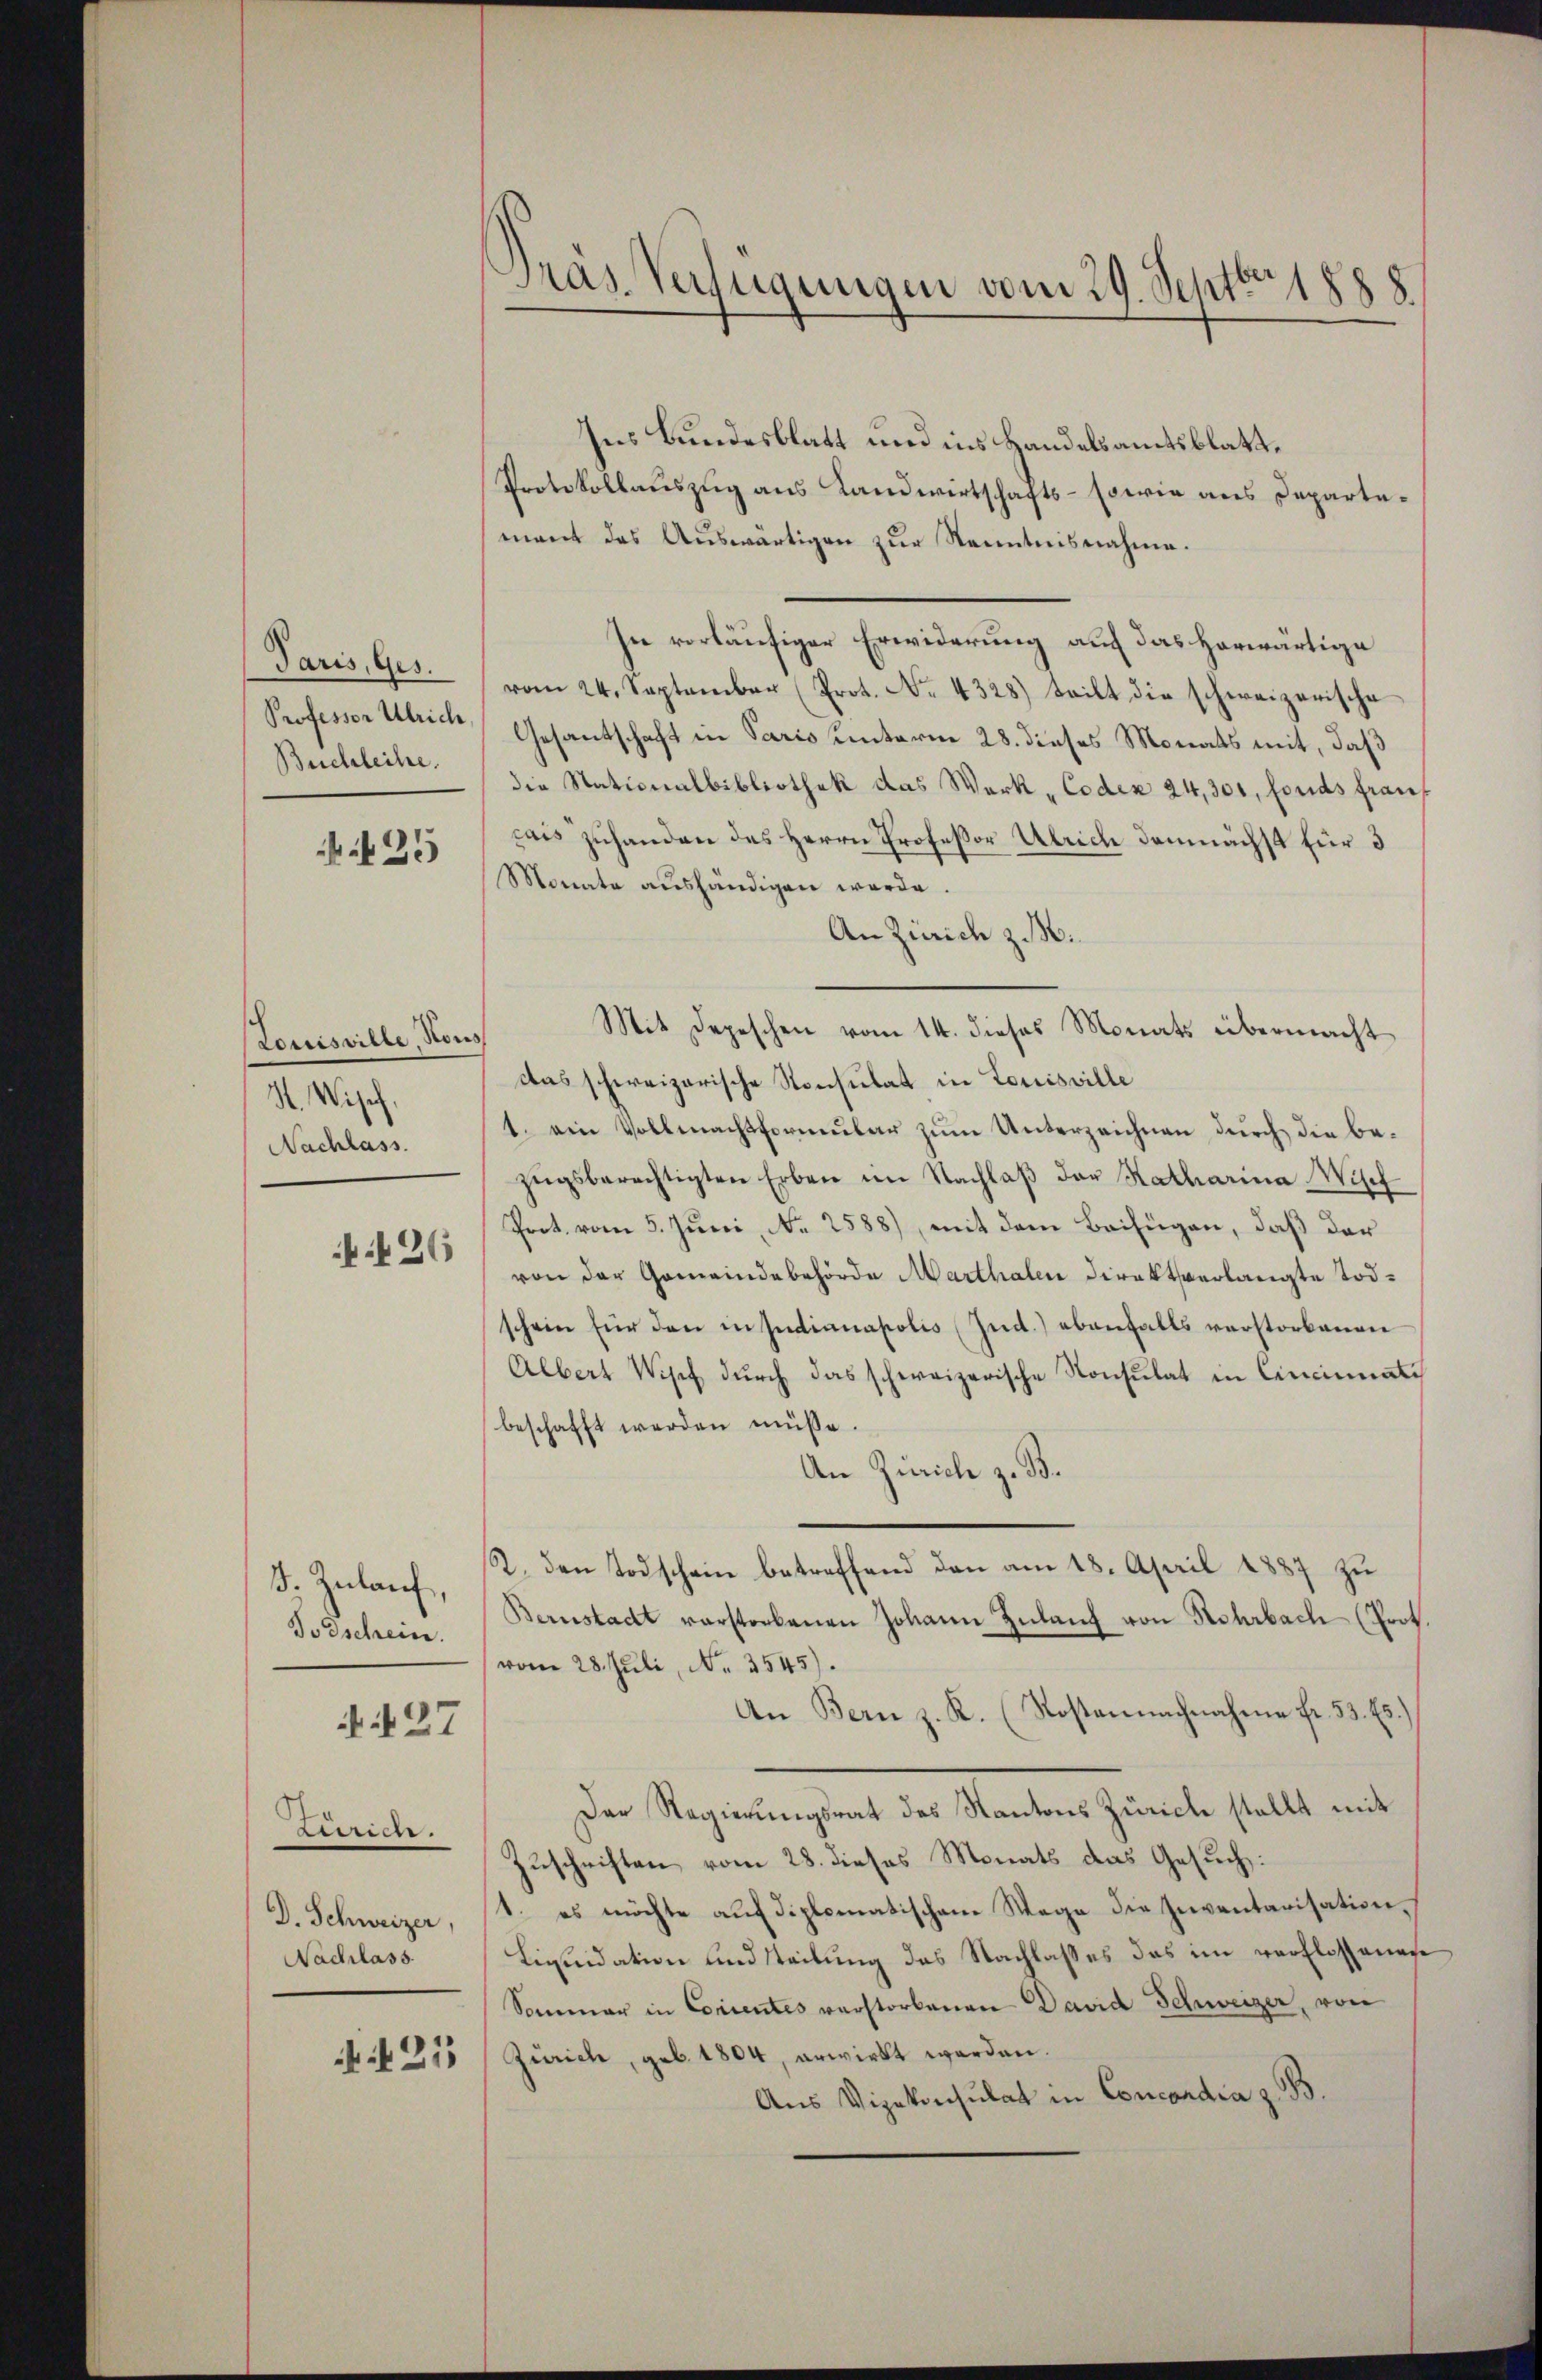
Paris, Ges.
Professor Ulrich
Buchleihe.

35

Louisville Kons
S. Wisef,
Nachlass

26

ß. Zulauf,
Todschein.

N. 27

Zürich.
D. Schweizer,
Nachlass

A 23

Gras. Verfügungen vom 29. Septbr. 1888

Ins Bundesblatt und ins Handelsamtsblatt.
Protokollauszug aus Landwirtschafts- sowie aus Departement das Auswärtigen zur Kenntnisnahme.
In vorläufiger Erwiderung auf das Horwärtige
vom 24. September (Prot. No. 4328) teilt die schweizerische
Gesantschaft in Paris unterm 28. dieses Monats mit, daß
die Nationalbibliothek das Werk - Codex 24,300, fonds frauf
cais zuhanden des Herrn Professor Ulrich demnächst für 3
Monate aushändigen werde.
An Zürich z. M.
Mit Depeschen vom 14. dieses Monats übermacht
das schweizerische Konsulat in Louisville
1. ein Vollmachsformŭlar zŭm Unterzeichnen dŭrch die be-
zŭgsberechtigten Erben im Nachlaβ der Katharina Wisch
Prot. vom 5. Juni, No 2588), mit dem Beifügen, daß der
von der Gemeindebehörde Marthalen direkt verlangte Todschein für den in Indianapolis (Ind.) ebenfalls verstorbenen
Albert Wipf durch das schweizerische Konsulat in Cincinati
beschafft werden müsse.
An Zürich z. B.
R. den Todschein betreffend den am 18. April 1887 zu
Bernstadt verstorbenen Johann Zulang von Rohrbach (Prot.
(vom 28. Juli, No. 3545).
An Bern z. K. (Kostennachnahme fr. 53. Es.)
Der Regierungsrat des Kantons Zürich stellt mit
Zuschriften vom 28. dieses Monats das Gesuch:
1. es möchte auf diplomatischem Wege die Inventarisation,
Liquidation und steilung das Nachlasses das im verflossenese
Sommer in Concentes verstorbenen David Schweizer, von
Zürich, geb. 1804, erwirkt werden.
Aus Vizekonsulat in Concordia z. B